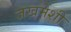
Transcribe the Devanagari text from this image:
जखमेशी